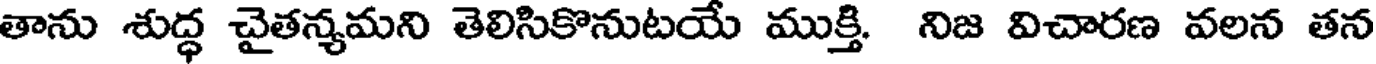
తాను శుద్ధ చైతన్యమని తెలిసికొనుటయే ముక్తి. నిజ విచారణ వలన తన